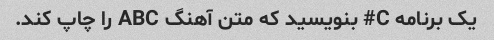
یک برنامه C# بنویسید که متن آهنگ ABC را چاپ کند.